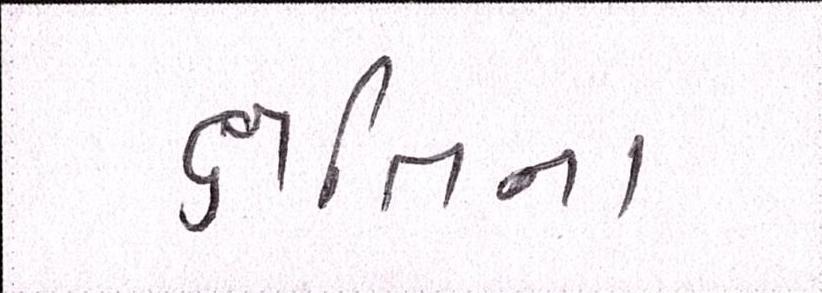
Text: ક્ષતિના